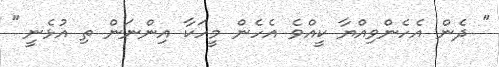
'' ދެން އެހެންވިއްޔާ ކީއްވެ އެހެން މީހަކާ އިންނަން ތި އުޅެނީ ''